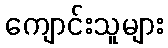
ကျောင်းသူများ